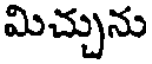
మిచ్చును